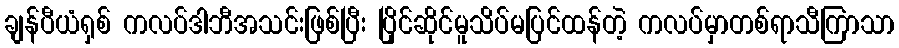
ချန်ပီယံရှစ် ကလပ်ဒါဘီအသင်းဖြစ်ပြီး ပြိုင်ဆိုင်မူသိပ်မပြင်ထန်တဲ့ ကလပ်မှာတစ်ရာသီကြာသာ